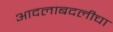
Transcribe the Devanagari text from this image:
आदलाबदलीचा